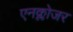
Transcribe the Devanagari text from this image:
एनक्लोजर